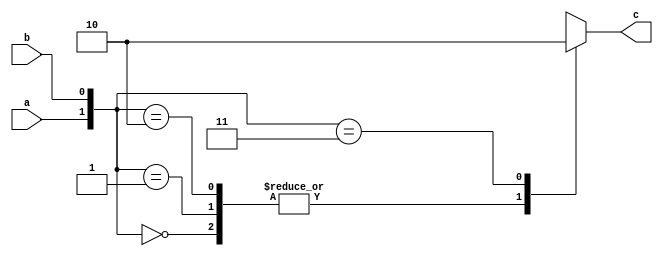
module nand_case_statement(a,b,c);
    input a;
    input b;
    output c;
    reg c;

    always@(a or b)
    begin
   		case({a,b})
		2'b00:
			begin
			 c=1;
			end
		2'b01:
			begin
			 c=1;
			end
		2'b10:
			begin
			 c=1;
			end
		2'b11:
			begin
			 c=0;
			end
		default:
			begin
			 c=0;
			end
		endcase
	end
endmodule